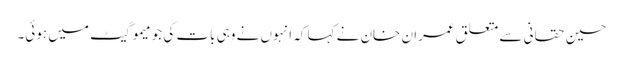
حسین حقانی سے متعلق عمران خان نے کہا کہ انہوں نے وہی بات کی جو میمو گیٹ میں ہوئی۔